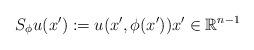
LaTeX: \begin{align*} S_\phi u (x') := u(x',\phi(x')) x'\in\mathbb{R}^{n-1} \end{align*}